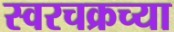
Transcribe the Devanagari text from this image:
स्वरचक्रच्या